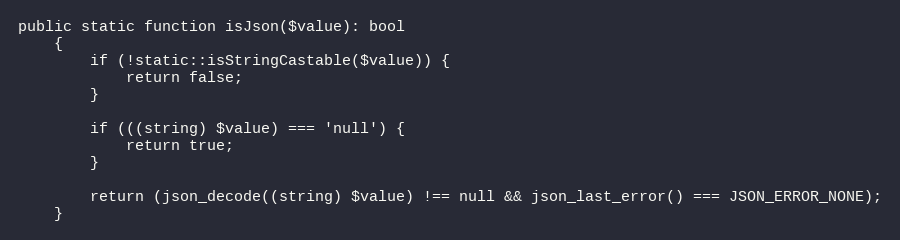
Language: PHP
public static function isJson($value): bool
    {
        if (!static::isStringCastable($value)) {
            return false;
        }

        if (((string) $value) === 'null') {
            return true;
        }

        return (json_decode((string) $value) !== null && json_last_error() === JSON_ERROR_NONE);
    }